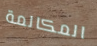
المكالمة